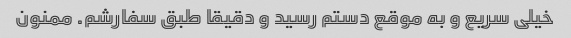
خیلی سریع و به موقع دستم رسید و دقیقا طبق سفارشم. ممنون